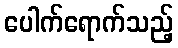
ပေါက်ရောက်သည့်